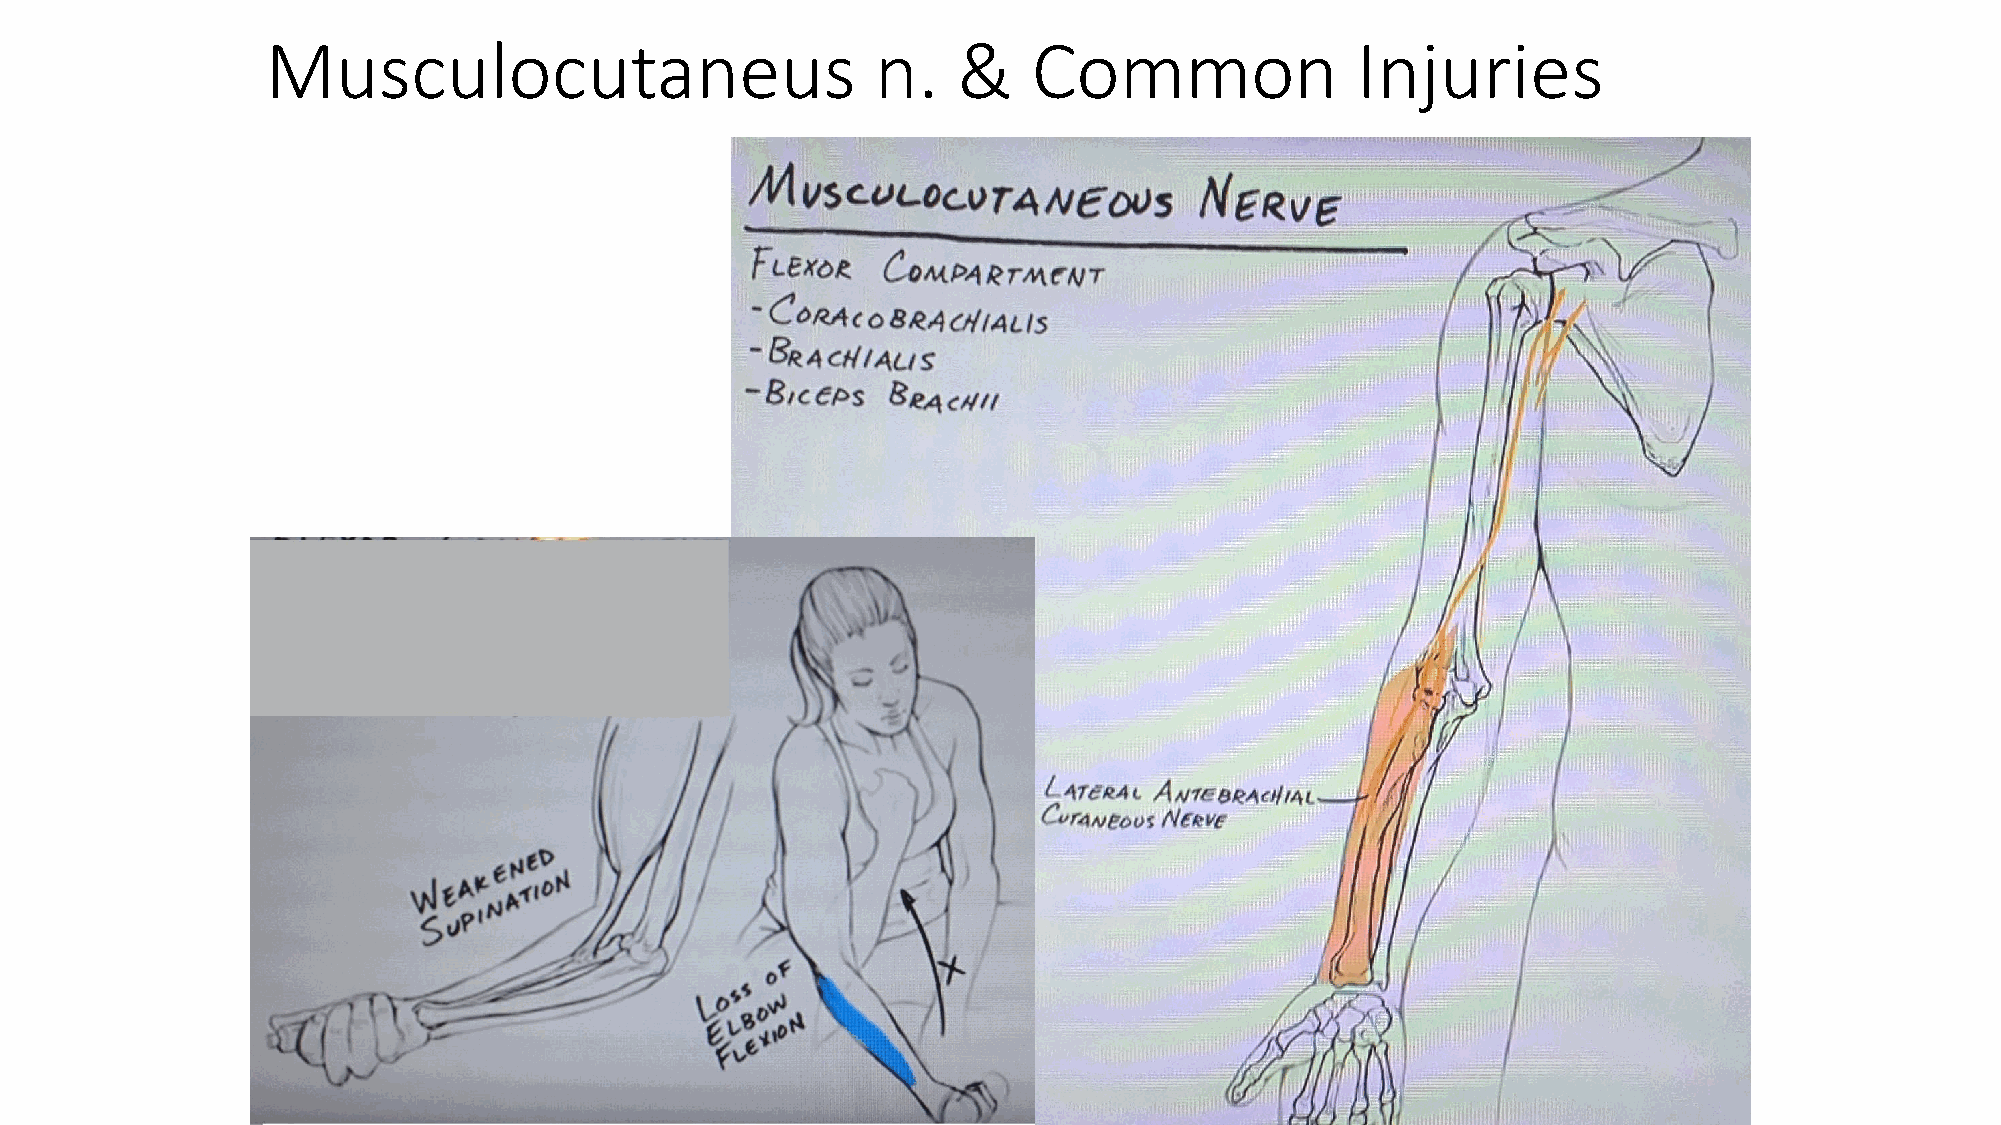
Musculocutaneus                         n.   &    Common                Injuries